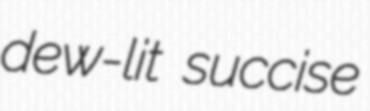
dew-lit succise